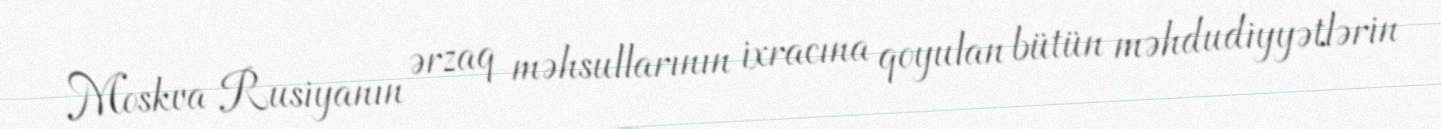
Moskva Rusiyanın ərzaq məhsullarının ixracına qoyulan bütün məhdudiyyətlərin